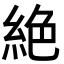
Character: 絶